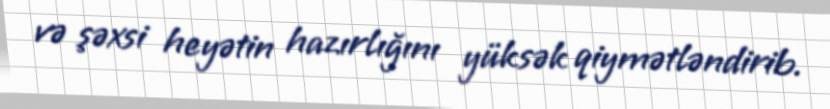
və şəxsi heyətin hazırlığını yüksək qiymətləndirib.